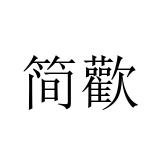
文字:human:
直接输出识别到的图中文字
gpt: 简歡